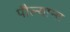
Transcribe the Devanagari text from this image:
पौल्याना